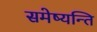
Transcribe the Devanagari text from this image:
समेष्यन्ति